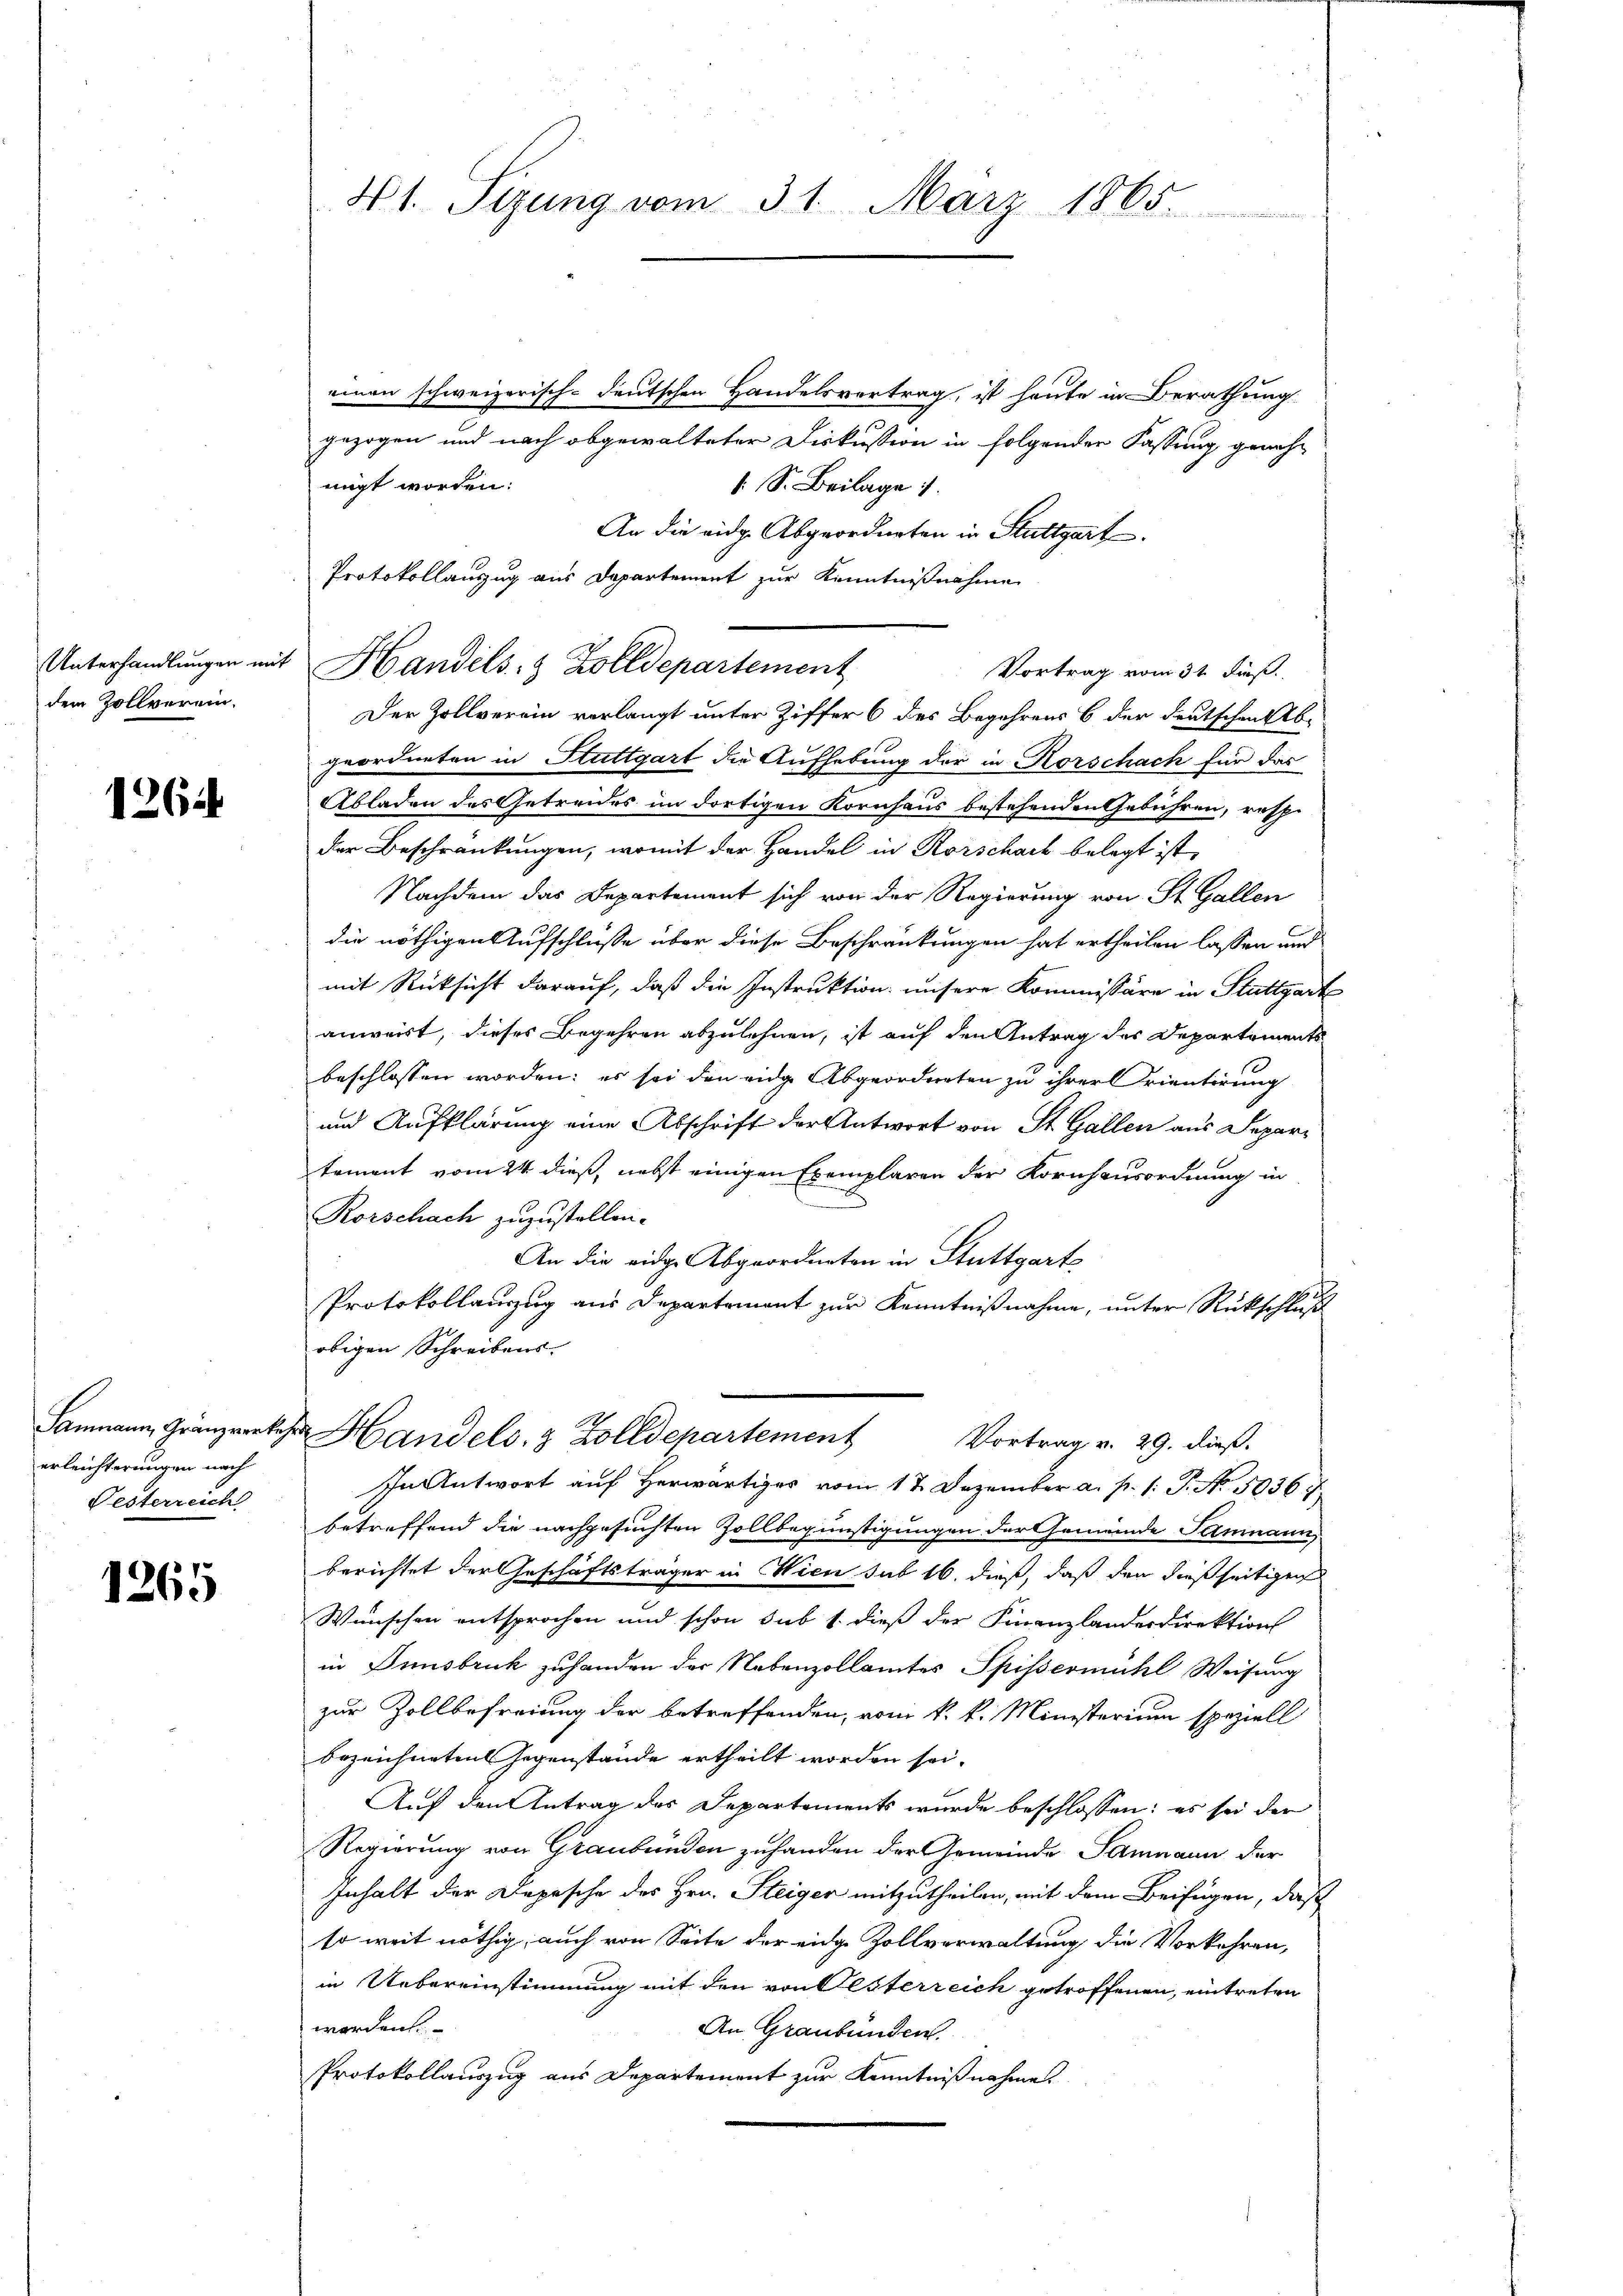
Unterhandlungen mit
dem Zollverein.

1264

Sammann, Gränzwerke,
erleichterungen nach
Festerreich

1265

41. Segung vom 31. März 1865.

einen schweizerisch-deutschen Handelsvertrag, ist heute in Berathung
gezogen und nach abgewalteter Diskussion in folgender Fassung genehmigt worden:
 S. Beilage
An die eidg. Abgeordneten in Stuttgart
Protokollanzug aus Departement zur Kenntnißnahme
Handels- & Zolldepartement
Vortrag vom 31 Fuß.
Der Zollverein verlangt unter Ziffer 6 des Begehrens 6 der deutschen Abgeordneten in Stuttgart die Aufhebung der in Korschach für das
Abladen des Getreides im dortigen Kornhaus bestehenden Gebühren, resp.
der Beschränkungen, womit der Handel in Rorschach belegt ist,
Nachdem das Departement sich von der Regierung von St. Gallen
die nöthigen Aufschlusse über diese Beschränkungen hat ertheilen lassen und
mit Rücksicht darauf, daß die Instruktion unsere Kommissäre in Stuttgarte
anwert, dieses Begehren abzulehnen, ist auf den Antrag des Departements
beschlossen worden; es sei den eidge Abgeordneten zu ihrer Krientirung
und Aufklärung eine Abschrift der Antwort von St. Gallen aus Departement vom 24. dieß, nebst einigen Exemplaren der Kornhausordnung in
Rorschach zuzustellen.
An die eidge Abgeordneten in Stuttgarts
Protokollauszug aus Departement zur Kenntnißnahme, unter Rückschluß
obigen Schreibens
v. Handels- & Zolldepartement Vortrag v. 29. dieß.
In Antwort auf herwärtiges vom 17. Dezember a. p. 1. P. No. 50367.
betreffend die nachgesuchten Zollbegünstigungen der Gemeinde Samnaun,
berichtet der Geschäftsträger in Wien sub 16. dieß, daß den dießseitigen
Wünschen entsprochen und schon sub 1. dieß der Finanzlandesdirektion
in Innsbruck zuhanden der Nebenzollamtes Spissermühl Weisung
zur Zollbefreiung der betreffenden, vom k. k. Ministerium speziell
bezeichneten Gegenstände ertheilt worden sei.
Auf den Antrag des Departements wurde beschlossen: es sei der
Regierung von Graubünden zuhanden der Gemeinde Sammann der
Inhalt der Depesche des Hrn. Steiger mitzutheilen, mit dem Beifügen, daß
so weit nöthig, auch von Seite der eidge Zollverwaltung die Vorkehren,
in Uebereinstimmung mit den von Oesterreich getroffenen, eintreten
werden.
An Graubünden.
Protokollauszug aus Departement zur Kenntnißnahme.